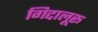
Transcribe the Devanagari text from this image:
गिद्दालूरू